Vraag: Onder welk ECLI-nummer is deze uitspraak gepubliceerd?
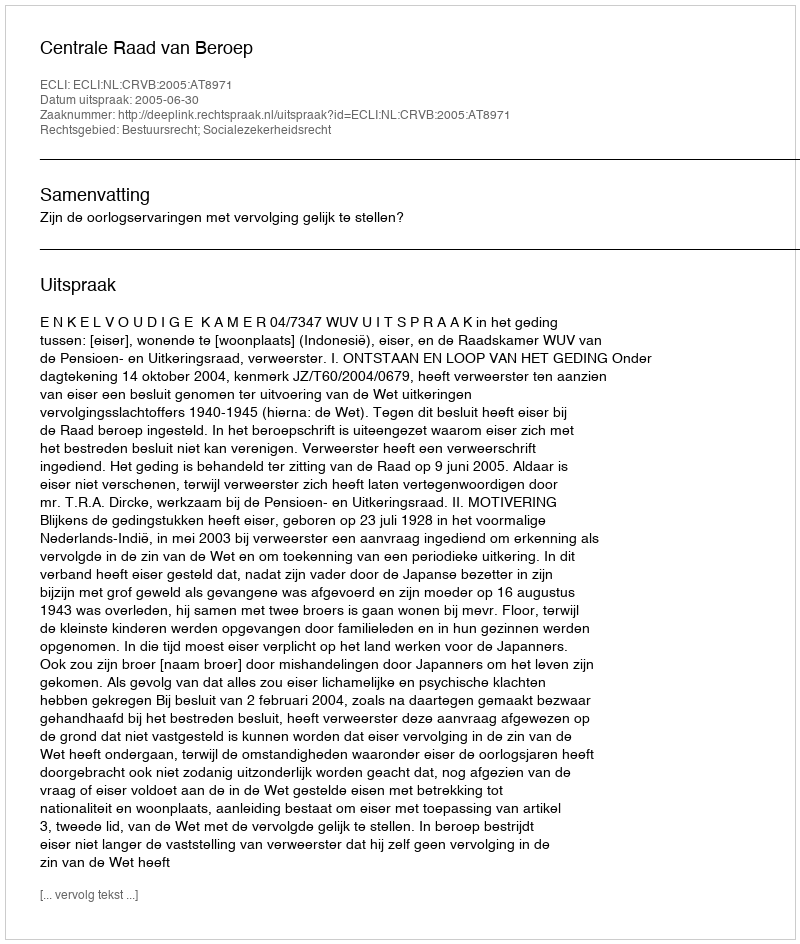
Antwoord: ECLI:NL:CRVB:2005:AT8971